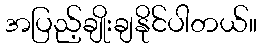
အပြည့်ချိုးချနိုင်ပါတယ်။